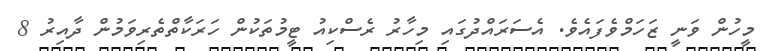
މީހުން ވަނީ ޒަހަމްވެފައެވެ. އެސަރައްދުގައި މިހާރު ރެސްކިއު ޓީމުތަކުން ހަރަކާތްތެރިވަމުން ދާއިރު 8